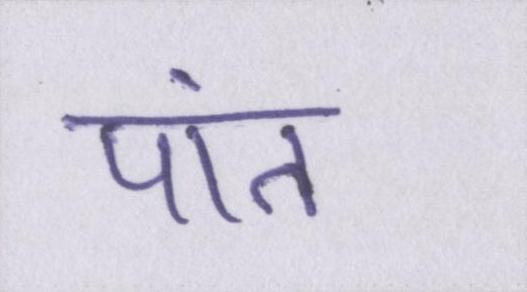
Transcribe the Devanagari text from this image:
पांत